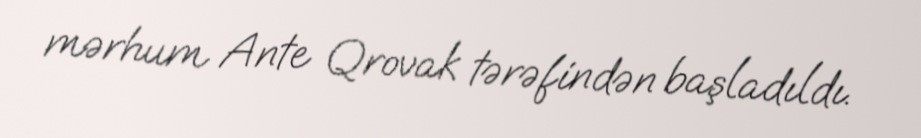
mərhum Ante Qrovak tərəfindən başladıldı.